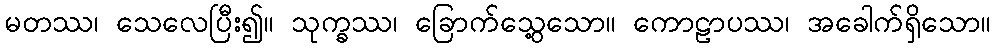
မတဿ၊ သေလေပြီး၍။ သုက္ခဿ၊ ခြောက်သွေ့သော။ ကောဠာပဿ၊ အခေါက်ရှိသော။